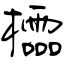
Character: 櫺